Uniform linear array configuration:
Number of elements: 64
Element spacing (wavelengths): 0.75
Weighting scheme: kaiser
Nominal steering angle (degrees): -15
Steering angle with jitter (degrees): -14.906
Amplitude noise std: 0.05
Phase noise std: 0.05

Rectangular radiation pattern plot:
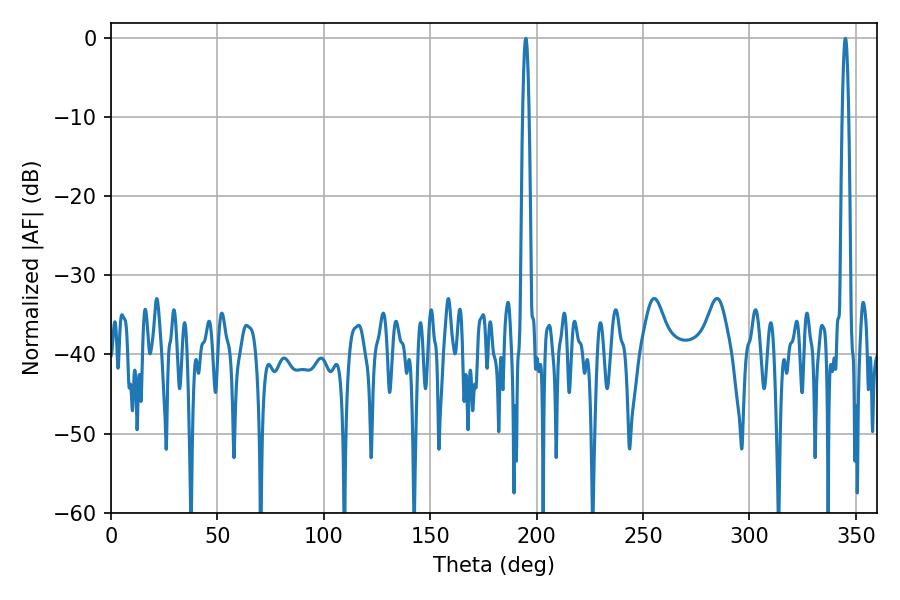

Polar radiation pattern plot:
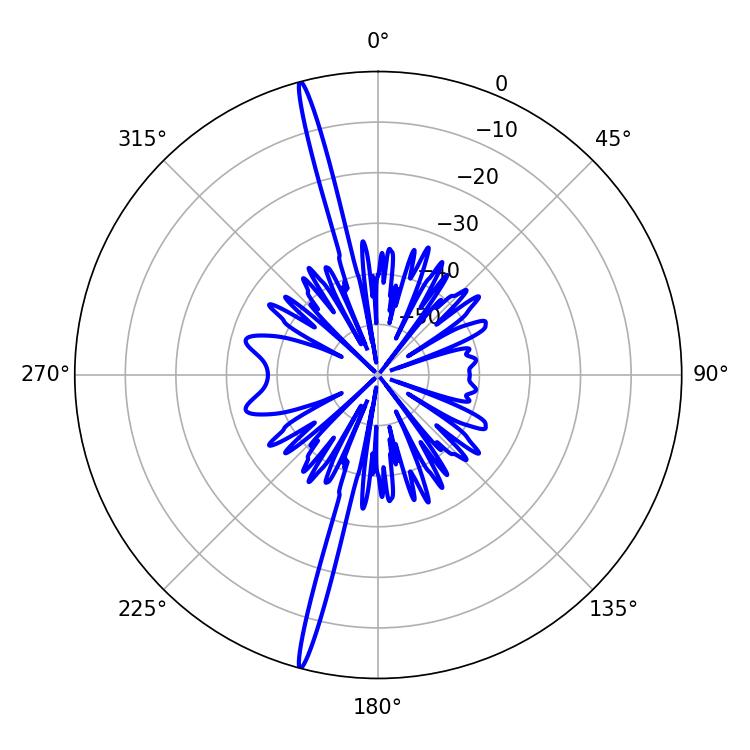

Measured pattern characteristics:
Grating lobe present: TRUE
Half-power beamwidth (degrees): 1.62
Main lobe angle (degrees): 345.06